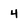
Character: 4